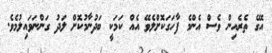
އޭގެ ތެރެއިން ވެސް އެންމެ ފާހަގަކޮށްލެވޭ އެއް ކަމަކީ ބަދުނާމުކޮށް ލަދު ގަންނަވައިލުމެވެ.